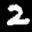
Label: 2